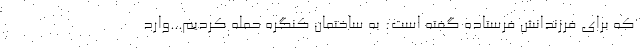
که برای فرزندانش فرستاده گفته است: به ساختمان کنگره حمله کردیم...وارد